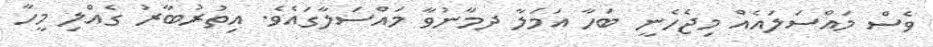
ވެސް މައްސަލައެއް މިޖެހެނީ ބަހާ އަމަލާ ދމާނުވާ މައްސަލާގައެވެ. އިތުރުބާރު ގެއްލި މީހާ